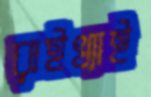
রাইখ্যাই